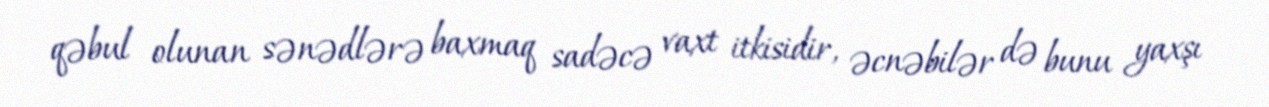
qəbul olunan sənədlərə baxmaq sadəcə vaxt itkisidir, əcnəbilər də bunu yaxşı